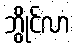
ဘွိုင်လာ